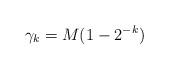
LaTeX: \begin{align*}\gamma_k=M(1-2^{-k})\end{align*}